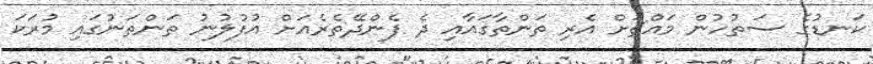
ކަނޑުގެ ސަތުހުން މައްޗަށް އެރި ތަންތާގައާއި ދެ ފެންދޭތެރެއަށް އުފުލުނު ތަންތަނުގައި މުރަކަ